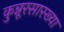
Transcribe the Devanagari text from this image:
कुन्नूरसारख्या